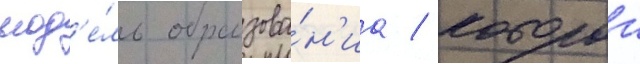
мод'е́ль образова́н'иа / которои